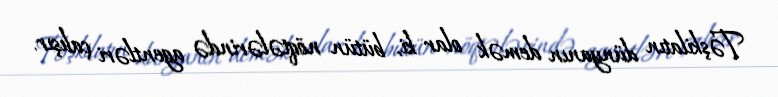
Təşkilatın dünyanın demək olar ki, bütün nöqtələrində agentləri çalışır.